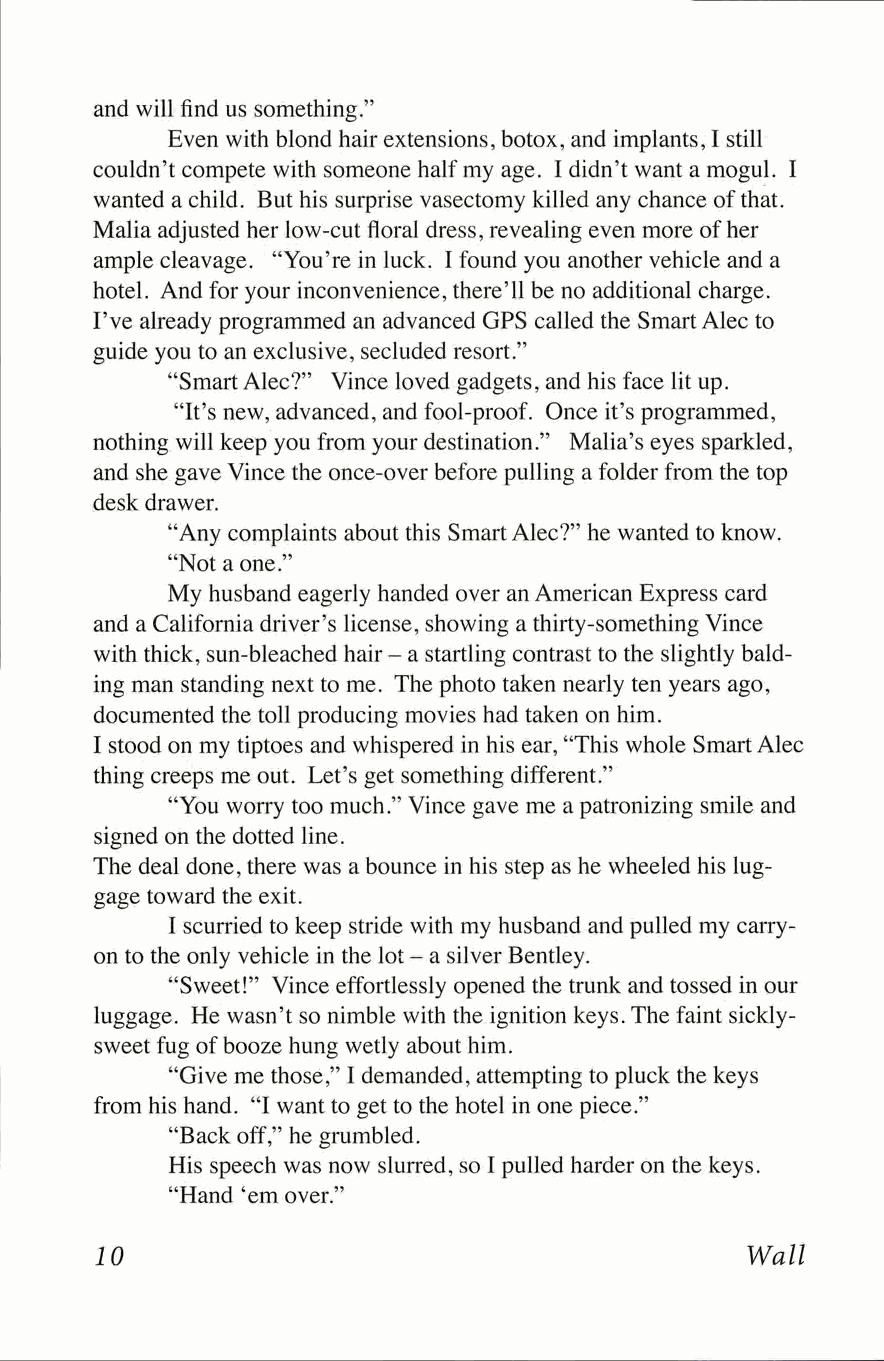
and will find us something."
 Even with blond hair extensions, botox, and implants, I still
 couldn't compete with someone half my age. I didn't want a mogul. I
 wanted a child. But his surprise vasectomy killed any chance of that.
 Malia adjusted her low-cut floral dress, revealing even more of her
 ample cleavage. "You're in luck. I found you another vehicle and a
 hotel. And for your inconvenience, there'll be no additional charge.
 I've already programmed an advanced GPS called the Smart Alec to
 guide you to an exclusive, secluded resort."
 "Smart Alec?" Vince loved gadgets, and his face lit up.
 "It's new, advanced, and fool-proof. Once it's programmed,
 nothing will keep you from your destination." Malia's eyes sparkled,
 and she gave Vince the once-over before pulling a folder from the top
 desk drawer.
 "Any complaints about this Smart Alec?" he wanted to know.
 "Not a one."
 My husband eagerly handed over an American Express card
 and a California driver's license, showing a thirty-something Vince
 with thick, sun-bleached hair - a startling contrast to the slightly bald­
 ing man standing next to me. The photo taken nearly ten years ago,
 documented the toll producing movies had taken on him.
 I stood on my tiptoes and whispered in his ear, "This whole Smart Alec
 thing creeps me out. Let's get something different."
 "You worry too much." Vince gave me a patronizing smile and
 signed on the dotted line.
 The deal done, there was a bounce in his step as he wheeled his lug­
 gage toward the exit.
 I scurried to keep stride with my husband and pulled my carry-
 on to the only vehicle in the lot - a silver Bentley.
 "Sweet!" Vince effortlessly opened the trunk and tossed in our
 luggage. He wasn't so nimble with the ignition keys. The faint sickly-
 sweet fug of booze hung wetly about him.
 "Give me those," I demanded, attempting to pluck the keys
 from his hand. "I want to get to the hotel in one piece."
 "Back off," he grumbled.
 His speech was now slurred, so I pulled harder on the keys.
 "Hand 'em over."
 10                                         Wall